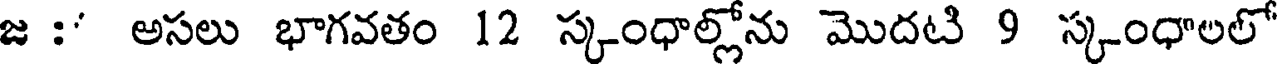
జ :' అసలు భాగవతం 12 స్కంధాల్లోను మొదటి 9 స్కంధాలలో